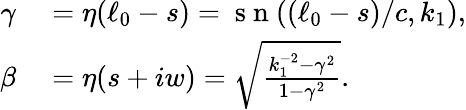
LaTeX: \begin{array}{rl}{\gamma}&{{}=\eta(\ell_{0}-s)=\mathrm{~s~n~}((\ell_{0}-s)/c,k_{1}),}\\ {\beta}&{{}=\eta(s+iw)=\sqrt{\frac{k_{1}^{-2}-\gamma^{2}}{1-\gamma^{2}}}.}\end{array}